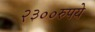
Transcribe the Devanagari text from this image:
२३००रुपये